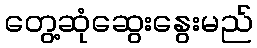
တွေ့ဆုံဆွေးနွေးမည်